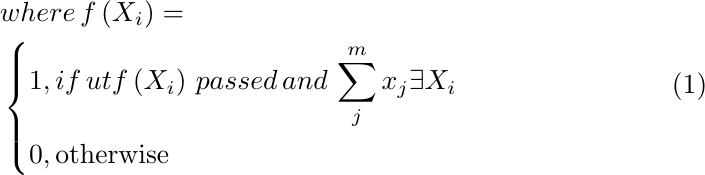
\begin{equation}
\label{eq:pass_matching}
\begin{aligned}
& where \, f\left(X_i\right)= \\
& \left\{
\begin{aligned}
    1,& \, if \, utf\left(X_i\right) \, passed \, and \, \sum_{j}^{m} x_j \exists X_i \\
    0,& \, \mathrm{otherwise}
\end{aligned}
\right.
\end{aligned}
\end{equation}